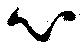
心